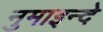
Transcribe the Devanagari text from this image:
नुमाइन्दे